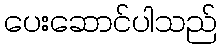
ပေးဆောင်ပါသည်